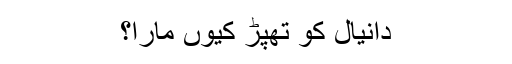
دانیال کو تھپڑ کیوں مارا؟